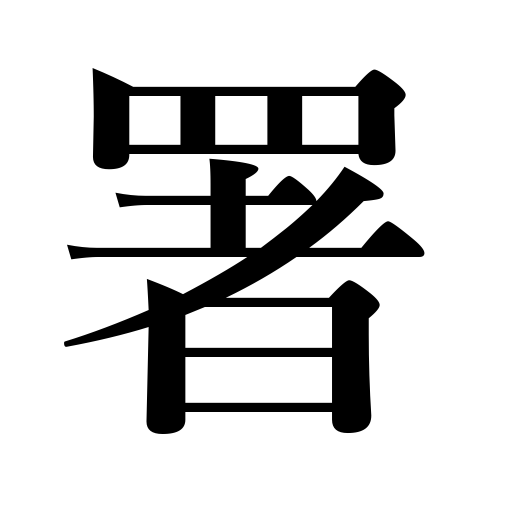
Meanings: police station,government office